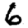
Digit: 6